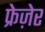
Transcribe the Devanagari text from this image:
फ्रेज़ेर